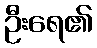
ဦးရေ၏